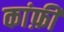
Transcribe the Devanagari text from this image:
कांफ़ी